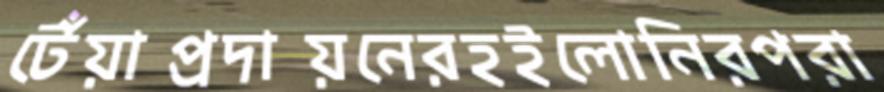
টেঁয়াপ্রদায়নেরহইলোনিরপরা